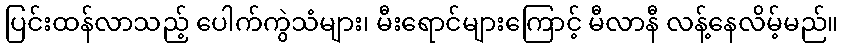
ပြင်းထန်လာသည့် ပေါက်ကွဲသံများ၊ မီးရောင်များကြောင့် မီလာနီ လန့်နေလိမ့်မည်။